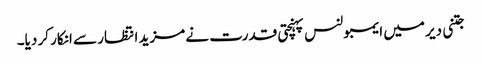
جتنی دیر میں ایمبولنس پہنچتی قدرت نے مزید انتظار سے انکار کر دیا۔